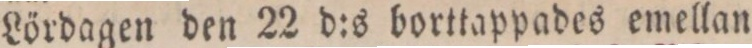
Lördagen den 22 d:s borttappades emellan